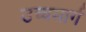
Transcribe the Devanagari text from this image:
उच्चमार्ग